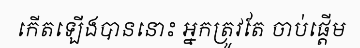
កើតឡើងបាននោះ អ្នកត្រូវតែ ចាប់ផ្តើម